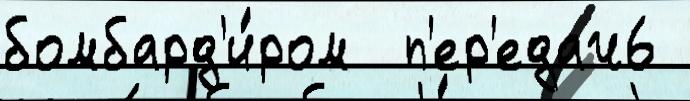
бомбард'и́ром  п'ер'едач6